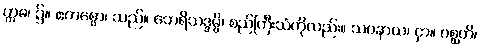
ဣဓ၊ ၌။ ဧကစ္စော၊ သည်။ ဘေရိသဒ္ဒမ္ပိ၊ စည်ကြီးသံကိုလည်း။ သဝနာယ၊ ငှာ။ ဂစ္ဆတိ၊